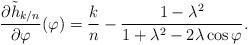
LaTeX: \begin{align*}\frac{\partial\tilde{h}_{k/n}}{\partial\varphi}(\varphi)=\frac{k}{n}-\frac{1-\lambda^{2}}{1+\lambda^{2}-2\lambda\cos\varphi}.\end{align*}